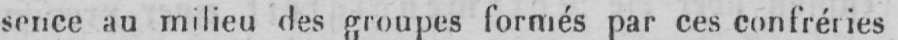
sence au milieu des groupes formés par ces confréries